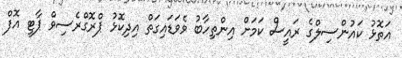
އަތޮޅު ކައުންސިލްގެ ރައީސް ކަމަށް އިންތިހާބު ވެވަޑައިގަތް އިދިކޮޅު ޕްރޮގްރެސިވް ޕާޓީ އޮފް